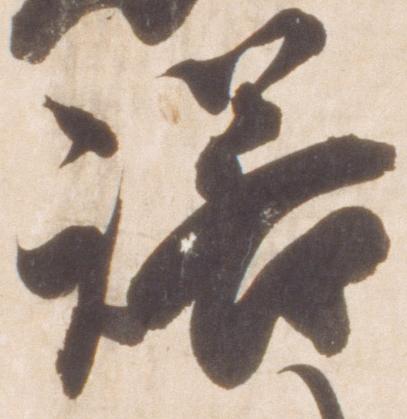
諾